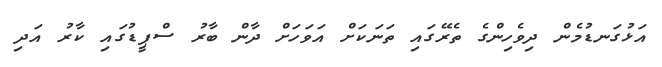
އަޅުގަނޑުމެން ދިވެހިންގެ ތެރޭގައި ތަނަކަށް އަވަހަށް ދާން ބާރު ސްޕީޑުގައި ކާރު އަދި